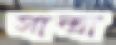
সান্দ্রা